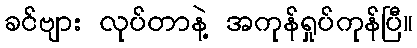
ခင်ဗျား လုပ်တာနဲ့ အကုန်ရှုပ်ကုန်ပြီ။